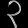
Digit: ၃